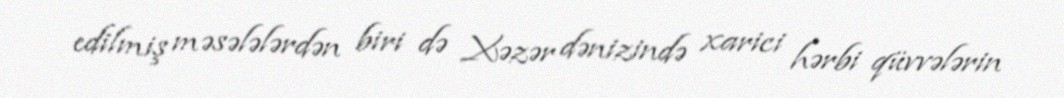
edilmiş məsələlərdən biri də Xəzər dənizində xarici hərbi qüvvələrin